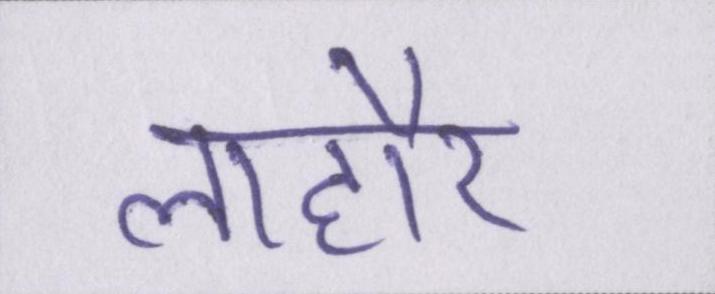
लाहौर